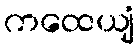
ကထေယျံ